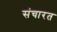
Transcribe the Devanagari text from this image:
संचारत